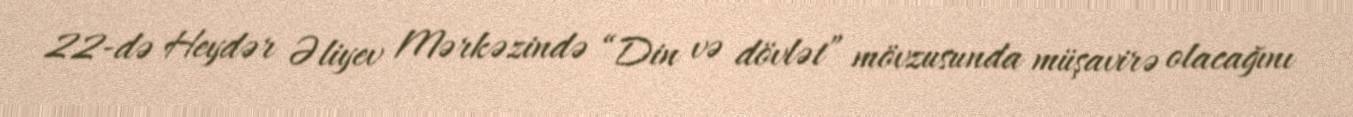
22-də Heydər Əliyev Mərkəzində “Din və dövlət” mövzusunda müşavirə olacağını